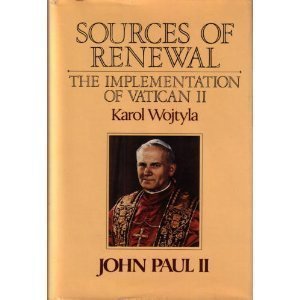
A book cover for Sources of Renewal: The Implementation of Vatican II; Pope John Paul II; Christian Books & Bibles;